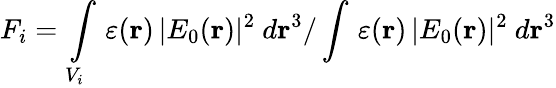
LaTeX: F_{i}=\intop_{V_{i}}\, \varepsilon(\mathbf{r})\, |E_{0}(\mathbf{r})|^{2}\ d\mathbf{r}^{3}/\intop\, \varepsilon(\mathbf{r})\, |E_{0}(\mathbf{r})|^{2}\ d\mathbf{r}^{3}